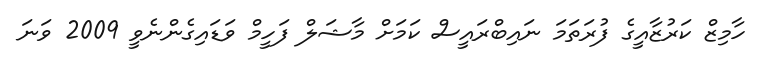
ހާމިޒް ކަރުޒާއީގެ ފުރަތަމަ ނައިބްރައީސް ކަމަށް މާޝަލް ފަހީމް ވަޑައިގެންނެވީ 2009 ވަނަ